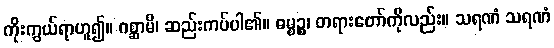
ကိုးကွယ်ရာဟူ၍။ ဂစ္ဆာမိ၊ ဆည်းကပ်ပါ၏။ ဓမ္မဉ္စ၊ တရားတော်ကိုလည်း။ သရဏံ သရဏံ